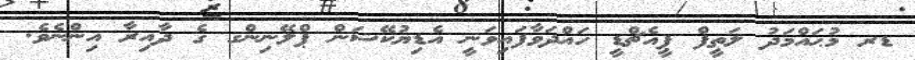
ޑރ މުޙައްމަދު ލަތީފް ޕީއެޗްޑީ ހައްދަވާފައިވަނީ އެޑިޔުކޭޝަން ޕްލޭނިންގ ގެ ދާއިރާ އިންނެވެ.